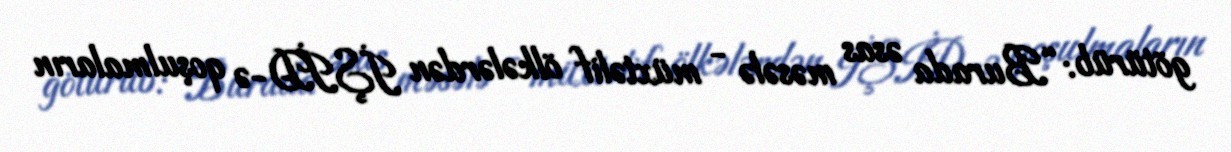
götürüb: “Burada əsas məsələ - müxtəlif ölkələrdən İŞİD-ə qoşulmaların